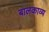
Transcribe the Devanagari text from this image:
बालकाव्य